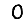
Digit: 0